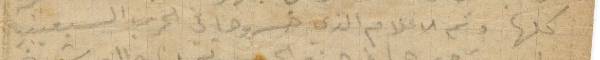
كلها وثم الاعلام الذي خسروها في الحرب السبعينية